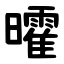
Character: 曤